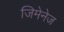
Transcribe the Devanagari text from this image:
जिमेनेज